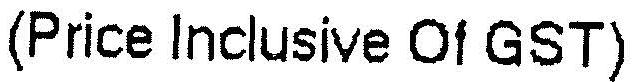
(PRICE INCLUSIVE OF GST)